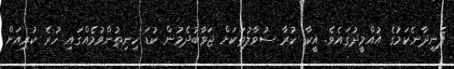
ފެނިދާނެކަމުގެ އުއްމީދުގައެވެ. އީކާ ކުރާ ސުވާލުތަކަށް ޖަވާބުދެމުން ކުޑަ ހިނިތުންވުމެއްގައި ހުރެ ކުރިއަށް